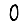
Digit: 0